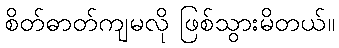
စိတ်ဓာတ်ကျမလို ဖြစ်သွားမိတယ်။